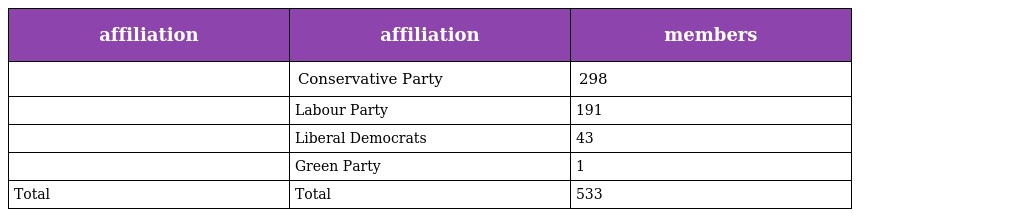
| affiliation | affiliation | members |
 | --- | --- | --- |
 |  | Conservative Party | 298 |
 |  | Labour Party | 191 |
 |  | Liberal Democrats | 43 |
 |  | Green Party | 1 |
 | Total | Total | 533 |